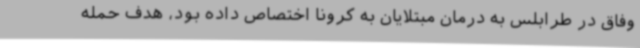
وفاق در طرابلس به درمان مبتلایان به کرونا اختصاص داده بود، هدف حمله